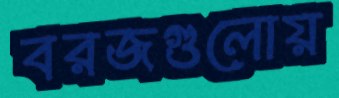
বরজগুলোয়